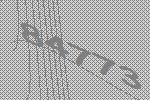
84773